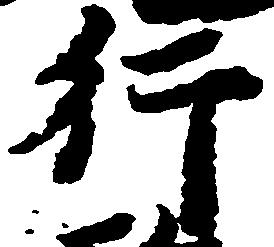
行